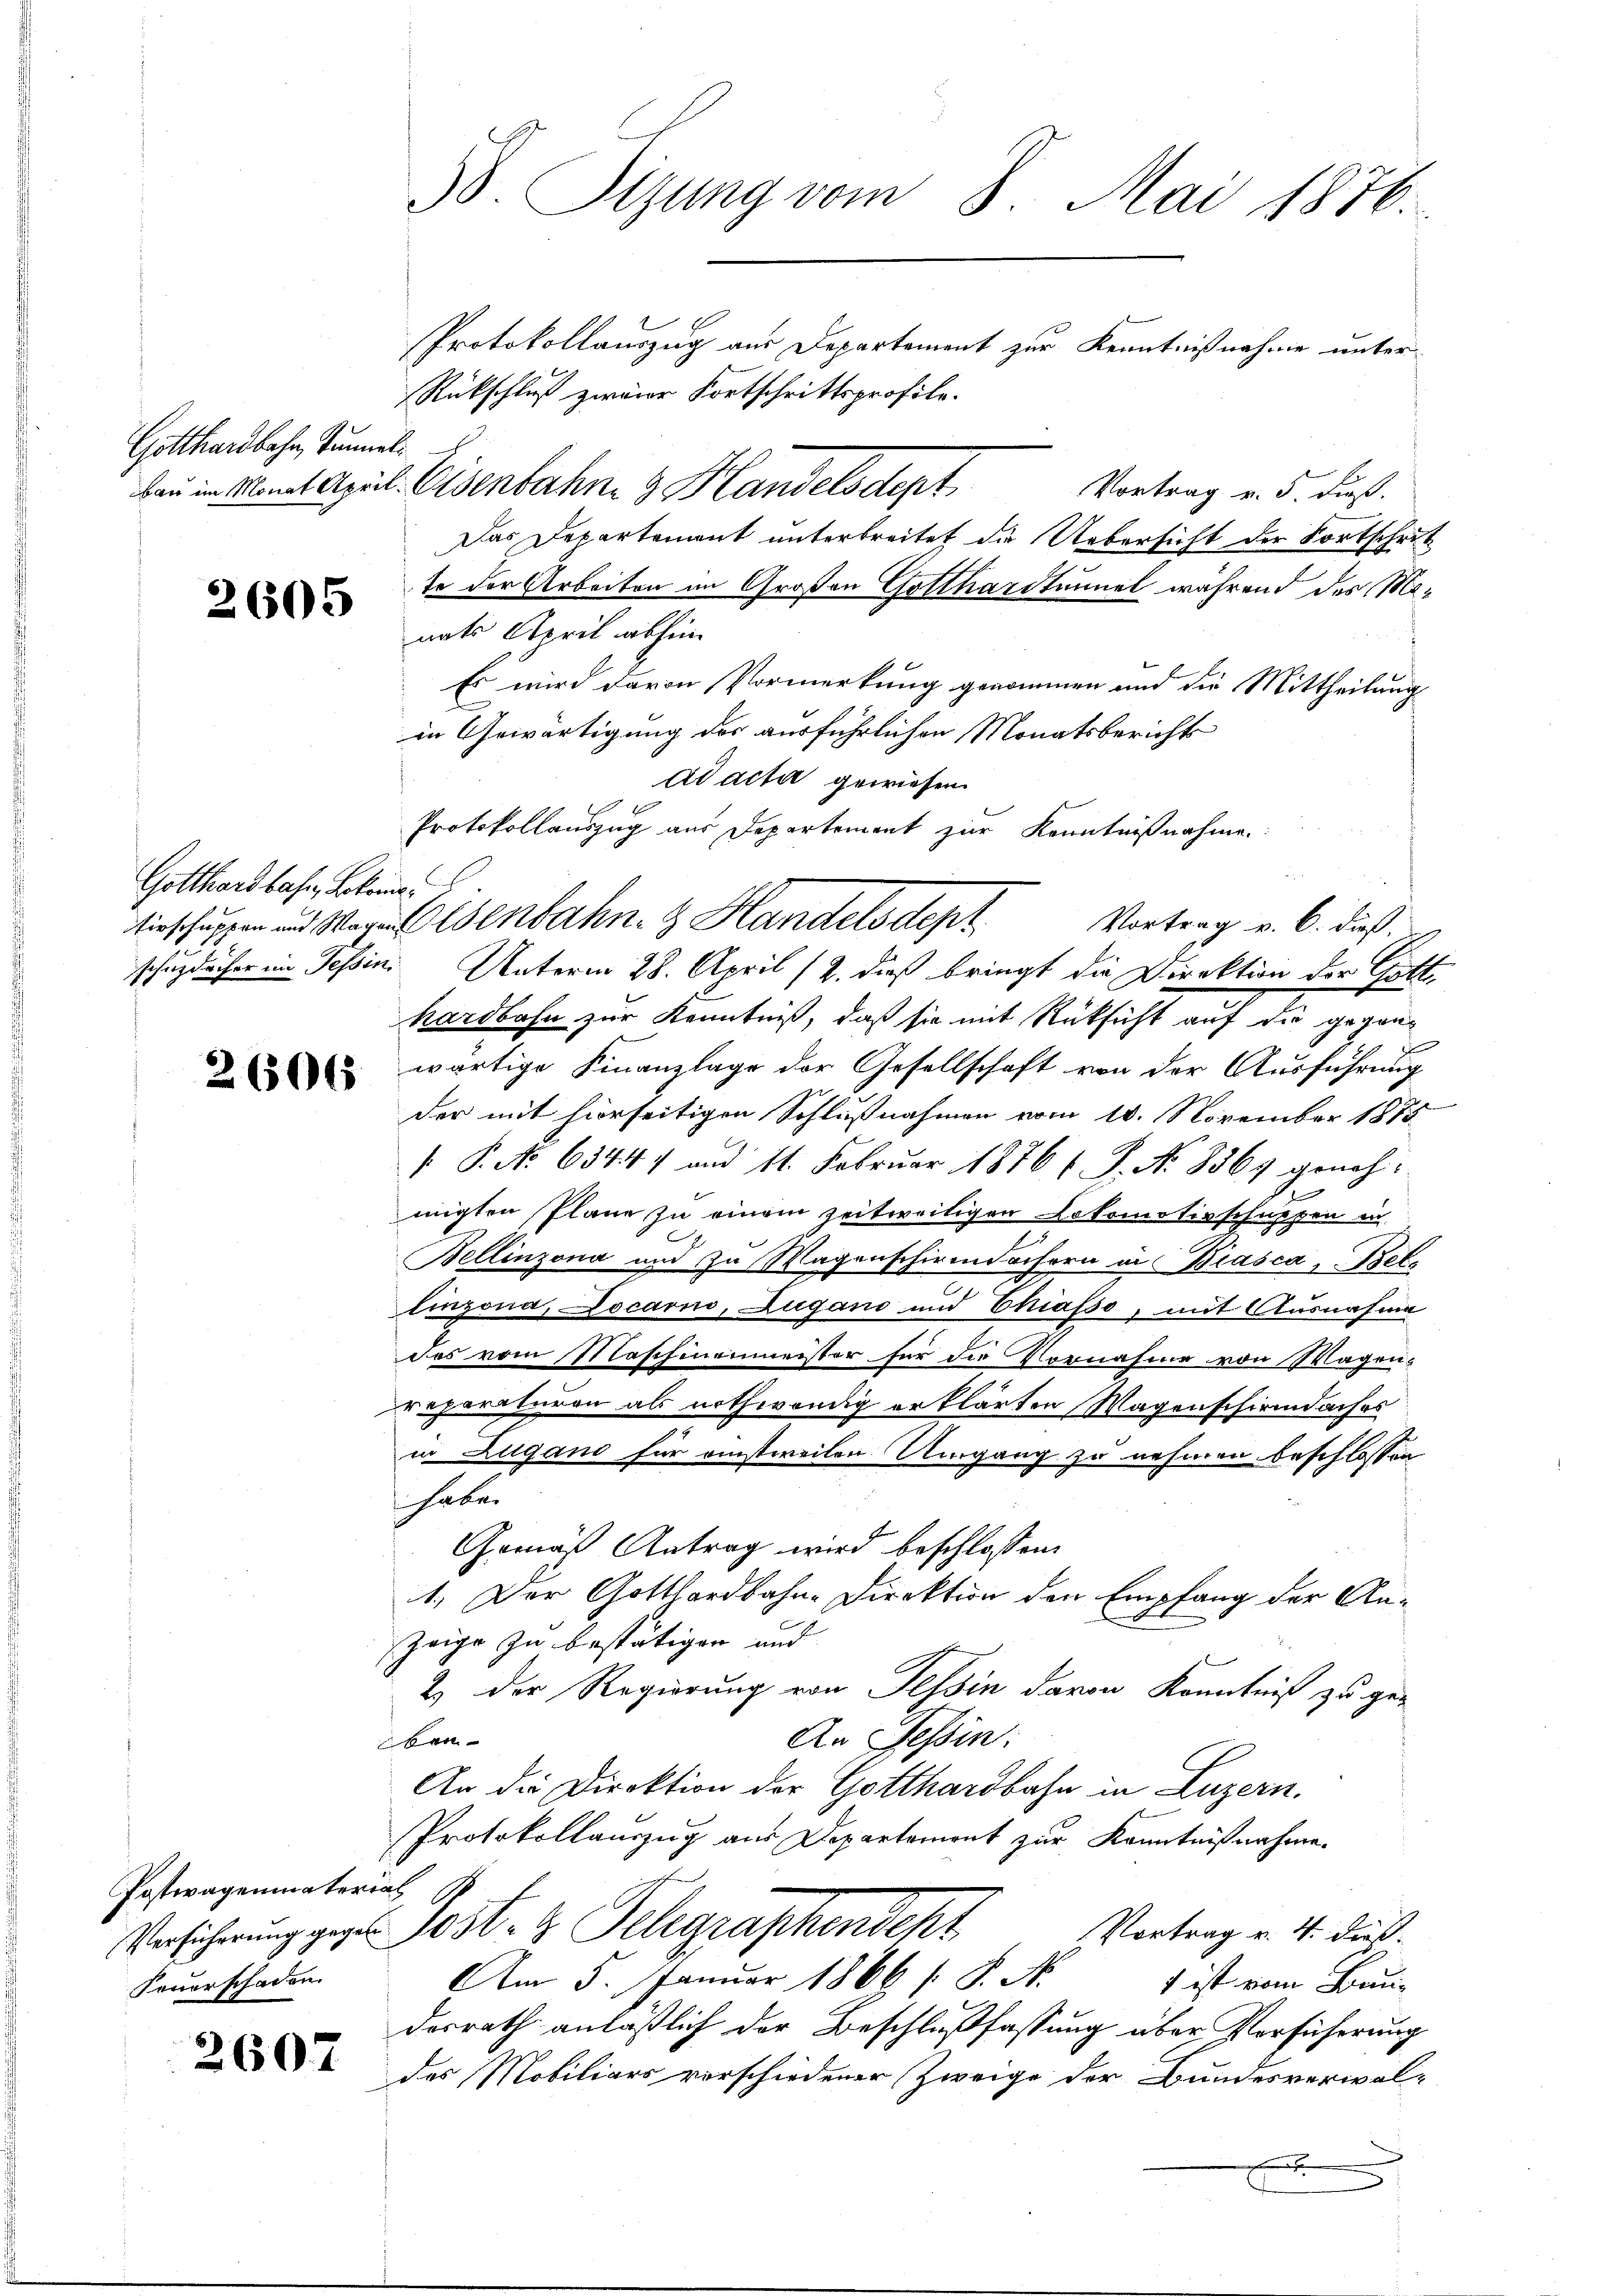
Gotthardbahn, Tunneli

2605

Gotthardbahn, Bekenne
schuzdächer im Tessin.

2606

Postwagenmatern
Versicherung gegeb
Feuerschaden.

2607

38. Stzung vom 8. Mai 1876.

Protokollauszug aus Departement zur Kenntnißnahme unter
Rückschluß zweier Fortschrittsprofile.
bau in Monat April. Eisenbahn & Handelsdept
Vortrag v. 5. dieß.
Das Departemont unterbreitet die Uebersicht der Fortschrit
te der Arbeiten im Großen Gotthardtunnel während des Minats April abhin
Es wird davon Vormerkung genommen und die Mittheilung
in Gewärtigung der ausführlichen Monatsbericht
ad acta gewiesen.
Protokollauszug aus Departement zur Kenntnißnahme
Unterm 28. April (2. dieß bringt die Direktion der Gott
hardbahn zur Kenntniß, daß sie mit Rüksicht auf die gegenwärtige Finanzlage der Gesellschaft von der Ausführung
der mit hierseitigen Schlußnahmen vom 10. November 1875
 P. No 63447 und 11. Februar 1876 f. P. Nr. 3364 genehs
migten Plane zu einem zeitweiligen Lokomotivschuppen in
Bellinzona und zu Wagenschirmdächern in Biasca Bellinzona, Jocarno, Zugano und Chiasso, mit Ausnahme
des vom Maschinenmeister für die Vornahme von Wagen-
reparaturen als nothwendig erklärten Wagenschwindaches
in Zugano für einstweilen Umgang zu nehmen beschlossen
haben
Gemäß Antrag wird beschlossen:
1. Der Gotthardbahn-Direktion den Empfang der An-
zeige zu bestätigen und
2) Der Regierung von Tessin davon Kenntniß zu ge-
An Tessin:
ben- |
An die Direktion der Gotthardbahn in Luzern.
Protokollauszug aus Departement zur Kenntnißnahme.
 14
dest. 2. Relegraphenscht
Vortrag v. 4. dieß.
Am 5. Januar 1866 s. S. A.
1 ist vom Bein-
desrath anläßlich der Beschlußfassung aber Vorsicherung
des Mobiliars verschiedener Zweige der Bundesverwal-
x

tirschuppen und Wegel Esenbahn. Handelsdept Vortrag v. 6. dieß